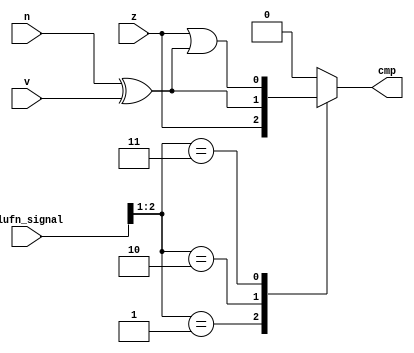
/*
   This file was generated automatically by Alchitry Labs version 1.2.7.
   Do not edit this file directly. Instead edit the original Lucid source.
   This is a temporary file and any changes made to it will be destroyed.
*/

module compare_20 (
    input z,
    input v,
    input n,
    input [5:0] alufn_signal,
    output reg cmp
  );
  
  
  
  reg nxorv;
  
  always @* begin
    nxorv = n ^ v;
    
    case (alufn_signal[1+1-:2])
      2'h1: begin
        cmp = z;
      end
      2'h2: begin
        cmp = nxorv;
      end
      2'h3: begin
        cmp = z | nxorv;
      end
      default: begin
        cmp = 1'h0;
      end
    endcase
  end
endmodule